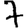
Digit: 7